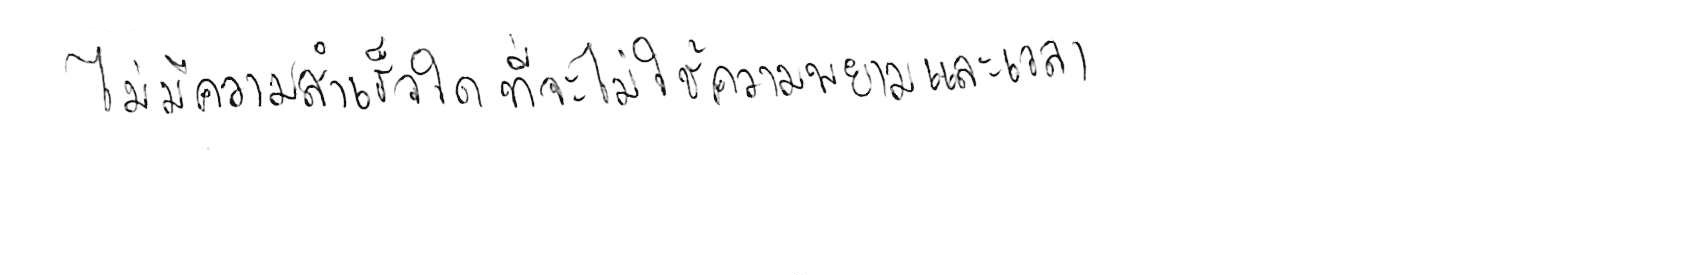
ไม่มีความสำเร็จใด ที่จะไม่ใช้ความพยายามและเวลา